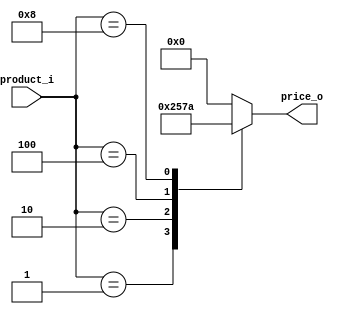
module price_product (
	input [3:0] product_i,
	output	[3:0] price_o	
);

	reg [3:0] price_r;

	assign price_o = price_r;

	always@(product_i) begin
		case (product_i)
			4'b0001:
				price_r = 4'b0010;
			4'b0010:
				price_r = 4'b0101;
			4'b0100:
				price_r = 4'b0111;
			4'b1000:
				price_r = 4'b1010;
			default:
				price_r = 4'b0000;
		endcase
	end
endmodule